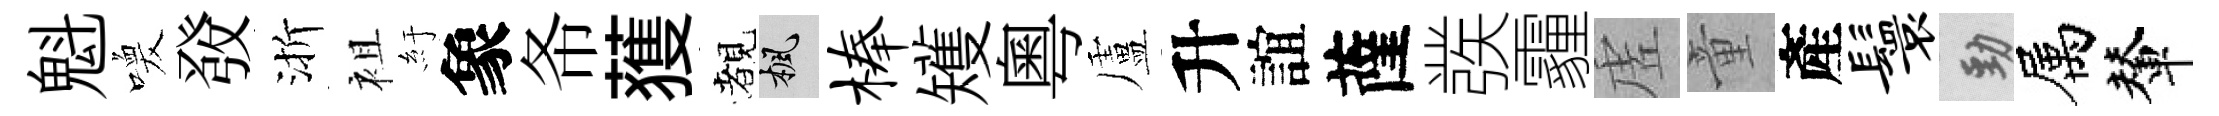
魁喚𤼲渐袓紆象𢁙𫉬覩楓榛矱粵盧升誼薩彂霾虗童產鬟勁属輦